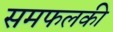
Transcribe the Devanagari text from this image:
समफलकी